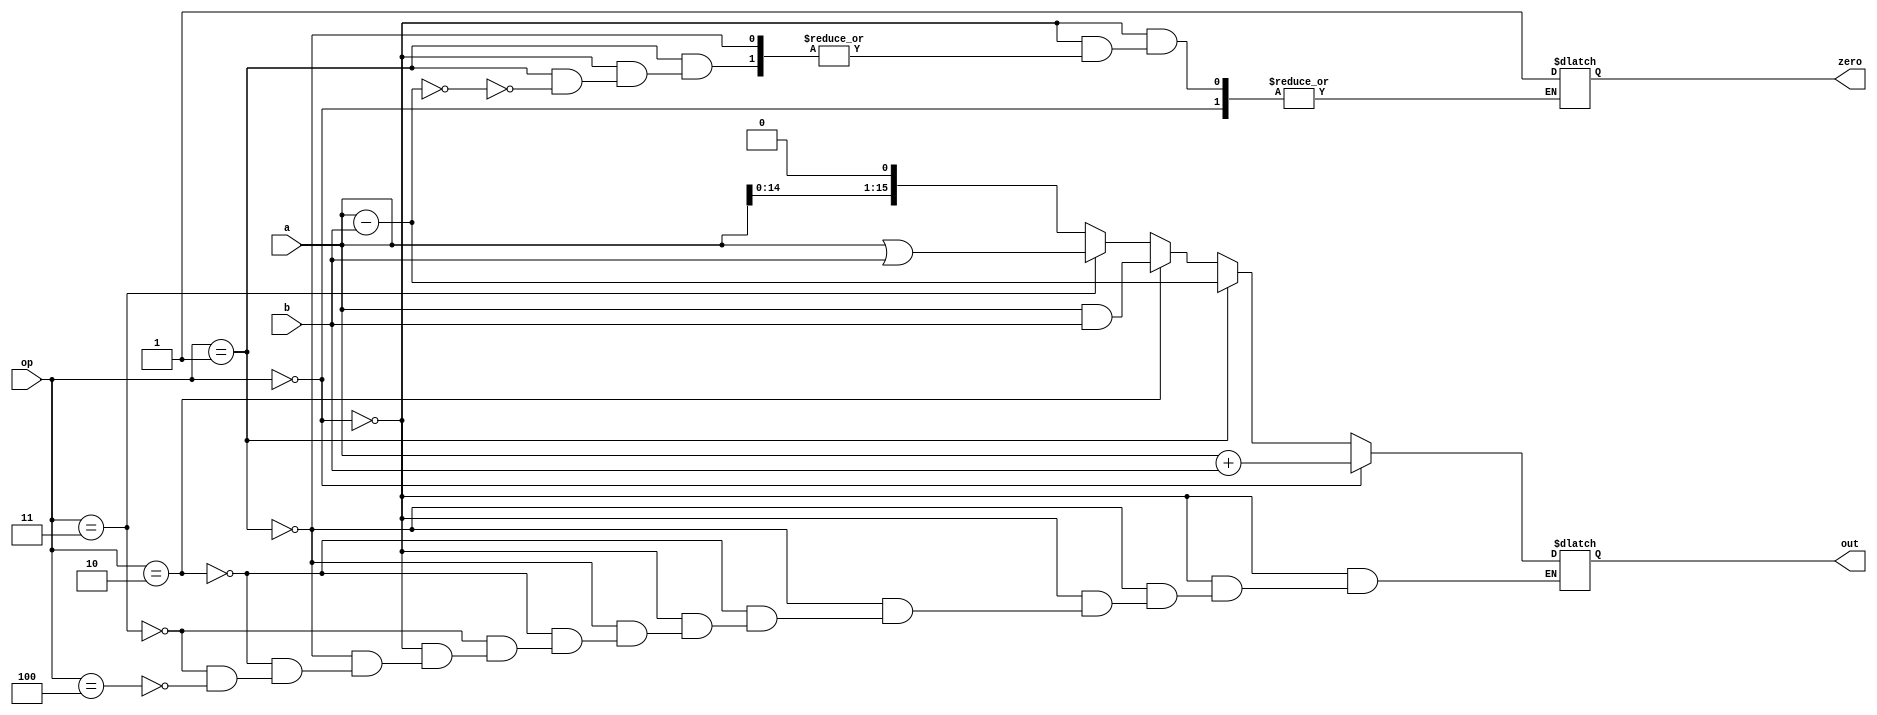
module ALU(out,zero,a,b,op); //module for the ALU
	input[15:0] a, b;
	input[2:0] op;
	output[15:0] out;
	output zero;
	reg[15:0] out;
	reg zero;
	
	always @*
	begin
	if(op == 3'b000) 
		out = a + b;
	else if(op == 3'b001) 
		begin
		out = a - b;
		if(out == 0)
			zero = 1'b1;
		end
	else if(op == 3'b010) 
		out = a & b;
	else if(op == 3'b011) 
		out = a | b;
	else if(op == 3'b100) 
		out = a << 1;
	end
endmodule